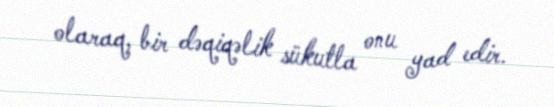
olaraq, bir dəqiqəlik sükutla onu yad edir.